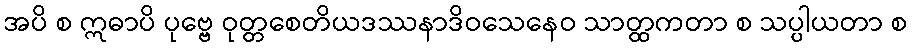
အပိ စ ဣဓာပိ ပုဗ္ဗေ ဝုတ္တစေတိယဒဿနာဒိဝသေနေဝ သာတ္ထကတာ စ သပ္ပါယတာ စ